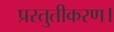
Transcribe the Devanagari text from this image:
प्रस्तुतीकरण।